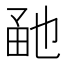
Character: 𤱡